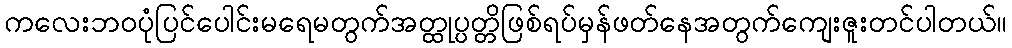
ကလေးဘဝပုံပြင်ပေါင်းမရေမတွက်အတ္ထုပ္ပတ္တိဖြစ်ရပ်မှန်ဖတ်နေအတွက်ကျေးဇူးတင်ပါတယ်။